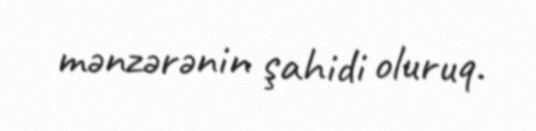
mənzərənin şahidi oluruq.